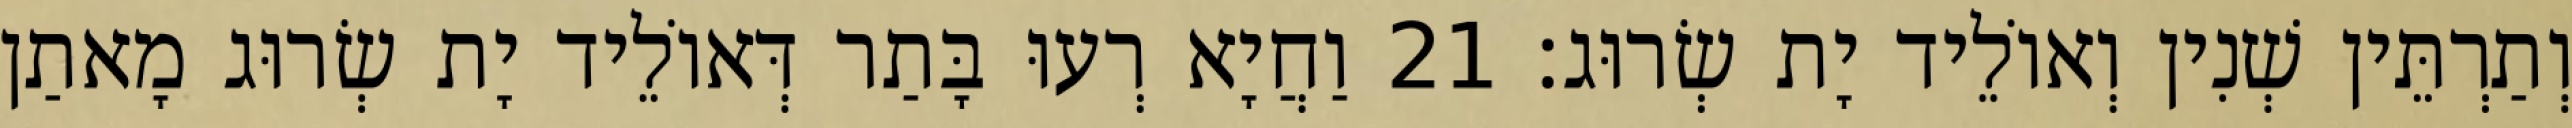
וְתַרְתֵּין שְׁנִין וְאוֹלֵיד יָת שְׂרוּג׃ 21 וַחֲיָא רְעוּ בָּתַר דְּאוֹלֵיד יָת שְׂרוּג מָאתַן